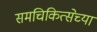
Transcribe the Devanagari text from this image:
समचिकित्सेच्या